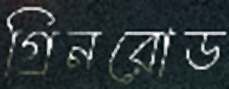
গ্রিনরোড